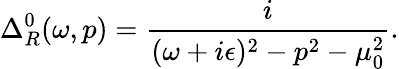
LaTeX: \Delta_{R}^{0}(\omega,p)=\frac{i}{(\omega+i\epsilon)^{2}-p^{2}-\mu_{0}^{2}}.